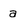
Character: a